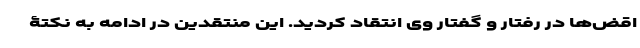
اقض‌ها در رفتار و گفتار وی انتقاد کردید. این منتقدین در ادامه به نکتۀ